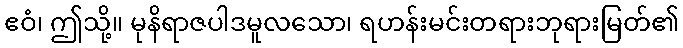
ဧဝံ၊ ဤသို့။ မုနိရာဇပါဒမူလသော၊ ရဟန်းမင်းတရားဘုရားမြတ်၏